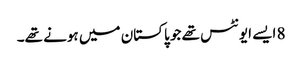
8 ایسے ایونٹس تھے جو پاکستان میں ہونے تھے۔